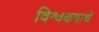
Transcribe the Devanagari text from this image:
विश्वकपाचे